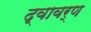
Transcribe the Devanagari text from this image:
द्वावर्ण